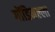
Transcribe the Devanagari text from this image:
गोंडिमल्ला